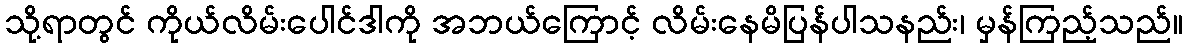
သို့ရာတွင် ကိုယ်လိမ်းပေါင်ဒါကို အဘယ်ကြောင့် လိမ်းနေမိပြန်ပါသနည်း၊ မှန်ကြည့်သည်။